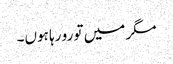
مگر میں تو رو رہا ہوں۔